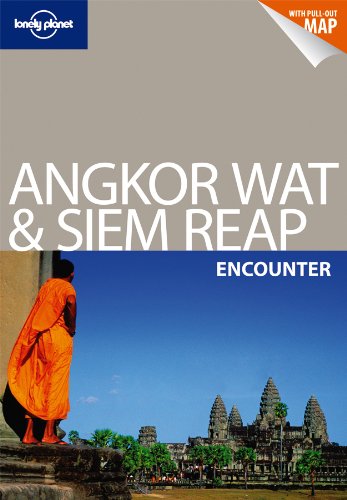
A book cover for Lonely Planet Angkor Wat & Siem Reap Encounter (Travel Guide); Lonely Planet; Travel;